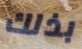
بذلك